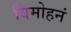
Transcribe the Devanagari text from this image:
विमोहनं